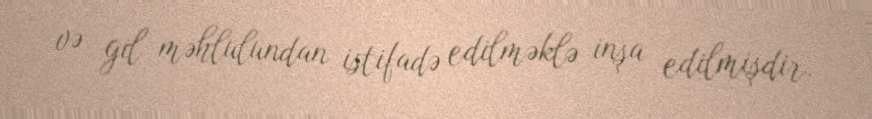
və gil məhlulundan istifadə edilməklə inşa edilmişdir.